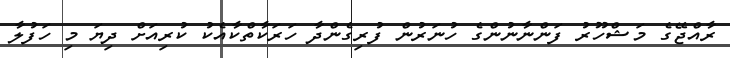
ރާއްޖޭގެ މަޝްހޫރު ފަންނާނުންގެ ހުނަރުން ފުރިގެންދާ ހަރަކާތްކާއެކު ކުރިއަށް ދިޔަ މި ހަފުލާ